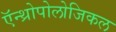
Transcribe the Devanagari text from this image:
ऍन्थ्रोपोलोजिकल